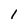
Character: 1